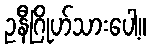
ဥနီဂြိုဟ်သားပေါ့။